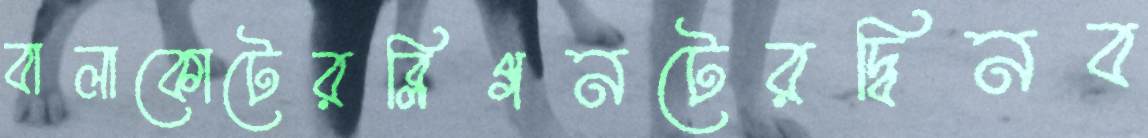
বালাকোটেরব্লিগনটেরদ্বিনব